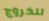
للخروج